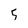
Character: 5